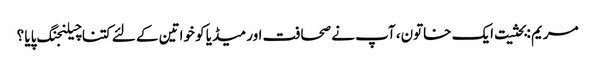
مریم :بحثیت ایک خاتون، آپ نے صحافت اور میڈیا کو خواتین کے لئے کتنا چیلنجنگ پایا ؟